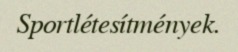
Sportlétesítmények.